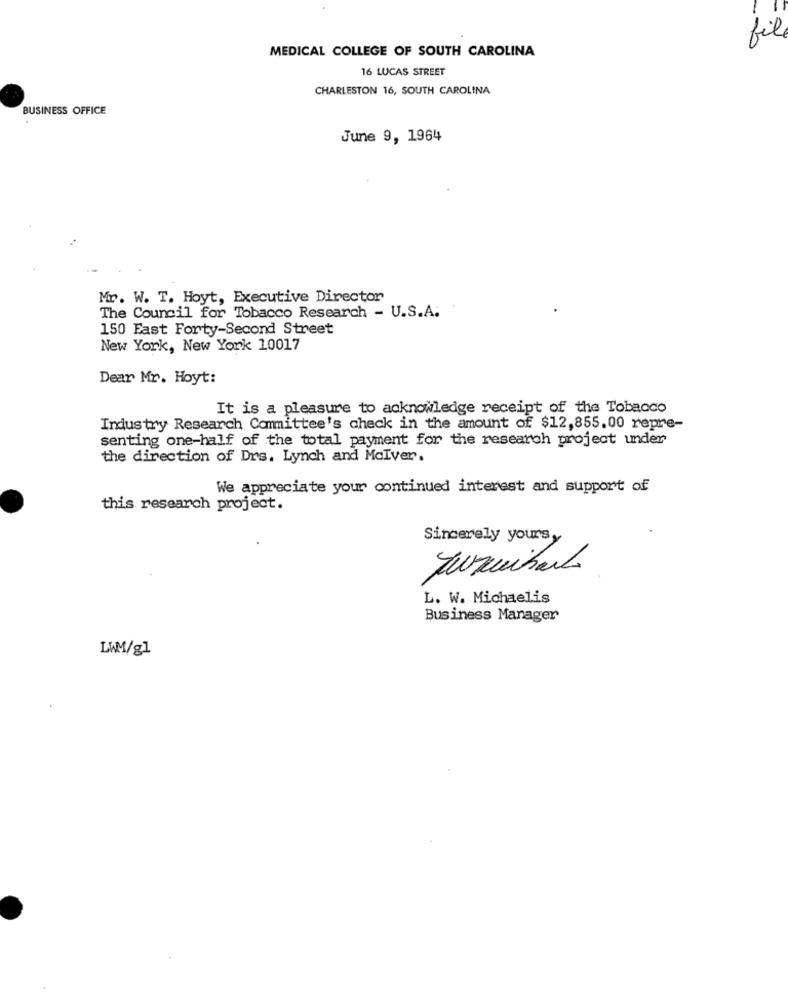
file
MEDICAL COLLEGE OF SOUTH CAROLINA
16 LUCAS STREET
CHARLESTON 16, SOUTH CAROLINA
BUSINESS OFFICE
June 9, 1964
Mr. W. T. Hoyt, Executive Director
The Council for Tobacco Research - U.S.A.
150 East Forty-Second Street
New York, New York 10017
Dear Mr. Hoyt:
It is a pleasure to acknowledge receipt of the Tobacco
Industry Research Committee's check in the amount of $12,855.00 repre-
senting one-half of the total payment for the research project under
the direction of Drs. Lynch and Mciver.
We appreciate your continued interest and support of
this research project.
Sincerely yours,
L. W. Michaelis
Business Manager
LAM/g]